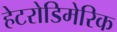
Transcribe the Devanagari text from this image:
हेटरोडिमेरिक